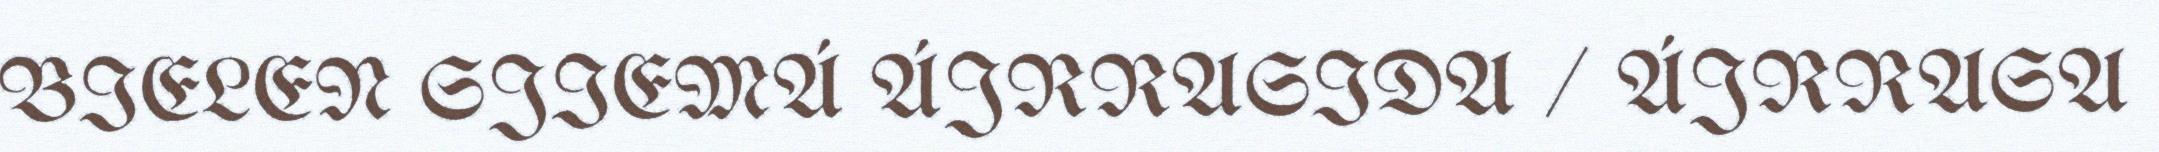
BIELEN SJIEMÁ ÁJRRASIDA / ÁJRRASA